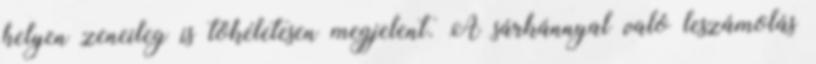
helyen zeneileg is tökéletesen megjelent. A sárkánnyal való leszámolás